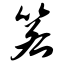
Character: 箬